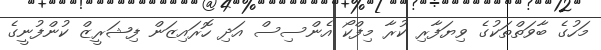
މަހުގެ ބާވަތްތަކުގެ ވިޔަފާރި ކުރާ މިފްކޯ އެންސިސް އަދި ހޮރައިޒަން ފިޝަރީޒް ކުންފުނީގެ